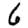
Digit: 6